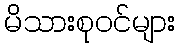
မိသားစုဝင်များ